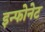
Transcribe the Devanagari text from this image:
इन्फोनेट